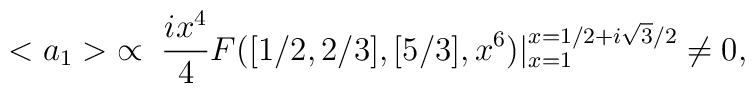
<a_1> \; \propto \; \frac{i x^4}{4} F([1/2, 2/3],[5/3],x^6) |^{x=1/2+i \sqrt{3}/2}_{x=1}  \neq 0,